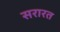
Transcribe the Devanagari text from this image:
सरारत